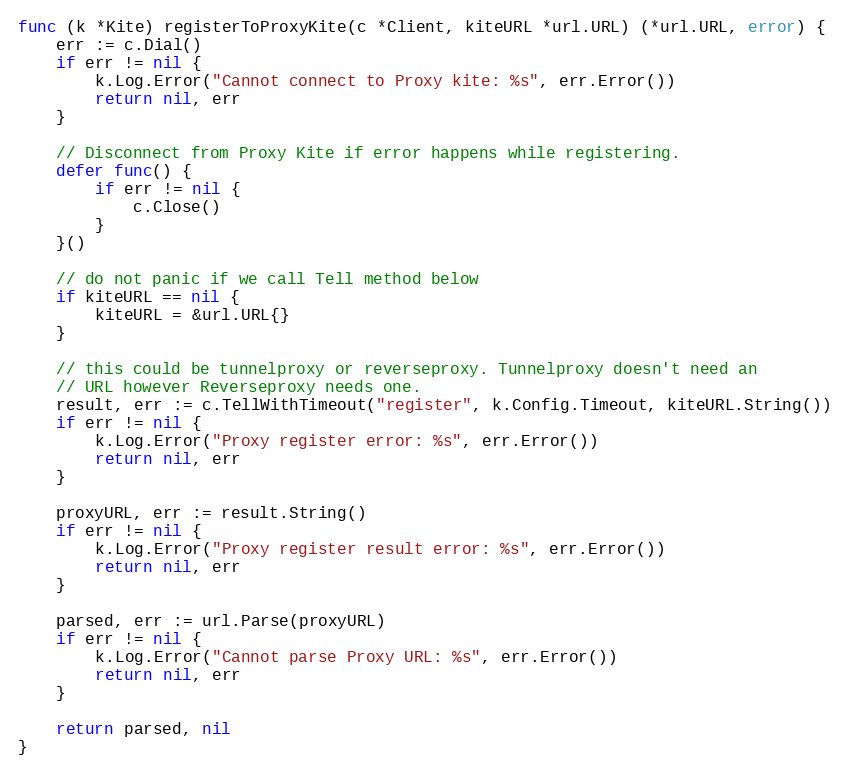
Language: Go
func (k *Kite) registerToProxyKite(c *Client, kiteURL *url.URL) (*url.URL, error) {
	err := c.Dial()
	if err != nil {
		k.Log.Error("Cannot connect to Proxy kite: %s", err.Error())
		return nil, err
	}

	// Disconnect from Proxy Kite if error happens while registering.
	defer func() {
		if err != nil {
			c.Close()
		}
	}()

	// do not panic if we call Tell method below
	if kiteURL == nil {
		kiteURL = &url.URL{}
	}

	// this could be tunnelproxy or reverseproxy. Tunnelproxy doesn't need an
	// URL however Reverseproxy needs one.
	result, err := c.TellWithTimeout("register", k.Config.Timeout, kiteURL.String())
	if err != nil {
		k.Log.Error("Proxy register error: %s", err.Error())
		return nil, err
	}

	proxyURL, err := result.String()
	if err != nil {
		k.Log.Error("Proxy register result error: %s", err.Error())
		return nil, err
	}

	parsed, err := url.Parse(proxyURL)
	if err != nil {
		k.Log.Error("Cannot parse Proxy URL: %s", err.Error())
		return nil, err
	}

	return parsed, nil
}